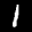
Digit: 1